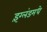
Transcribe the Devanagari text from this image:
इंग्लंडमधे